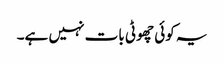
یہ کوئی چھوٹی بات نہیں ہے۔